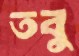
তবু